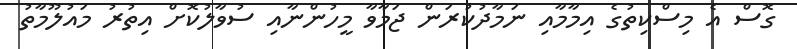
ގޮސް އެ މިސްކިތުގެ އިމާމާއި ނަމާދުކުރަން ޖަމާވާ މީހުންނާއި ސުވާލުކޮށް އިތުރު މައުލޫމާތު